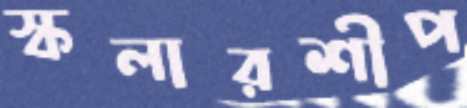
স্কলারশীপ